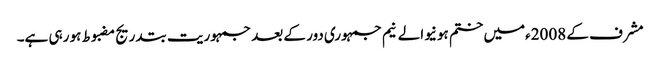
مشرف کے 2008ءمیں ختم ہونیوالے نیم جمہوری دور کے بعد جمہوریت بتدریج مضبوط ہو رہی ہے۔